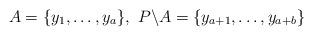
LaTeX: \begin{align*}A=\{y_1, \dots, y_a\},\ P\backslash A=\{y_{a+1}, \dots, y_{a+b}\}\end{align*}